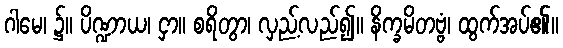
ဂါမေ၊ ၌။ ပိဏ္ဍာယ၊ ငှာ။ စရိတွာ၊ လှည့်လည်၍။ နိက္ခမိတဗ္ဗံ၊ ထွက်အပ်၏။